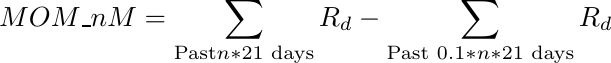
\begin{equation*}
     MOM\_{nM} = \sum_{\text{Past} n*21 \text{ days}}  R_{d} - \sum_{\text{Past }  0.1*n*21 \text{ days}}   R_{d}
\end{equation*}